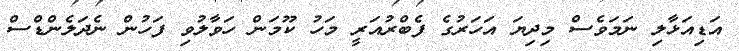
އަޑިއަޅާލި ނަމަވެސް މިދިޔަ އަހަރުގެ ފެބްރުއަރީ މަހު ކޫމަން ހަވާލުވި ފަހުން ނެދަލެންޑްސް